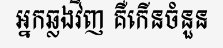
អ្នកឆ្លងវិញ គឺកើនចំនួន